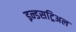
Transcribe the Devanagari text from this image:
इन्डसट्रिअल